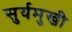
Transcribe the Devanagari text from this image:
सुर्यमुखी